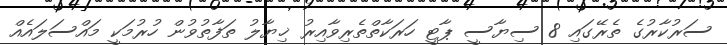
ސަރުކާރުގެ ތެރޭގައި 8 ސިޔާސީ ޕާޓީ ހަރަކާތްތެރިވާއިރު ޚިޔާލު ތަފާތުވުން ހުރުމަކީ މައްސަލައެއް